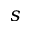
s